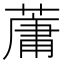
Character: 𫉘